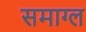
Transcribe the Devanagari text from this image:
समाग्ल